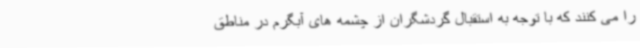
را می کنند که با توجه به استقبال گردشگران از چشمه های آبگرم در مناطق